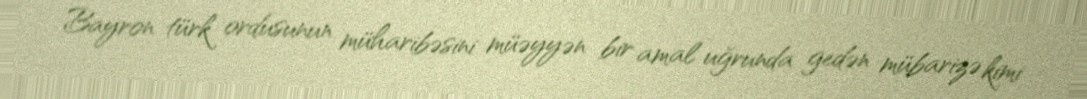
Bayron türk ordusunun müharibəsini müəyyən bir amal uğrunda gedən mübarizə kimi